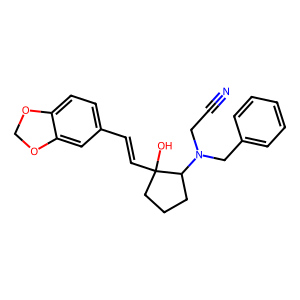
SMILES: N#CCN(Cc1ccccc1)C1CCCC1(O)C=Cc1ccc2c(c1)OCO2
Inhibits HIV replication: No